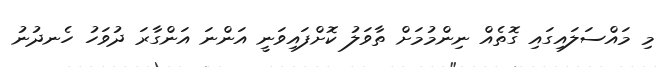
މި މައްސަލައިގައި ގޮތެއް ނިންމުމަށް ތާވަލު ކޮށްފައިވަނީ އަންނަ އަންގާރަ ދުވަހު ހެނދުނު